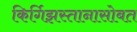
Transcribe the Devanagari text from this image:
किर्गिझस्तानासोबत